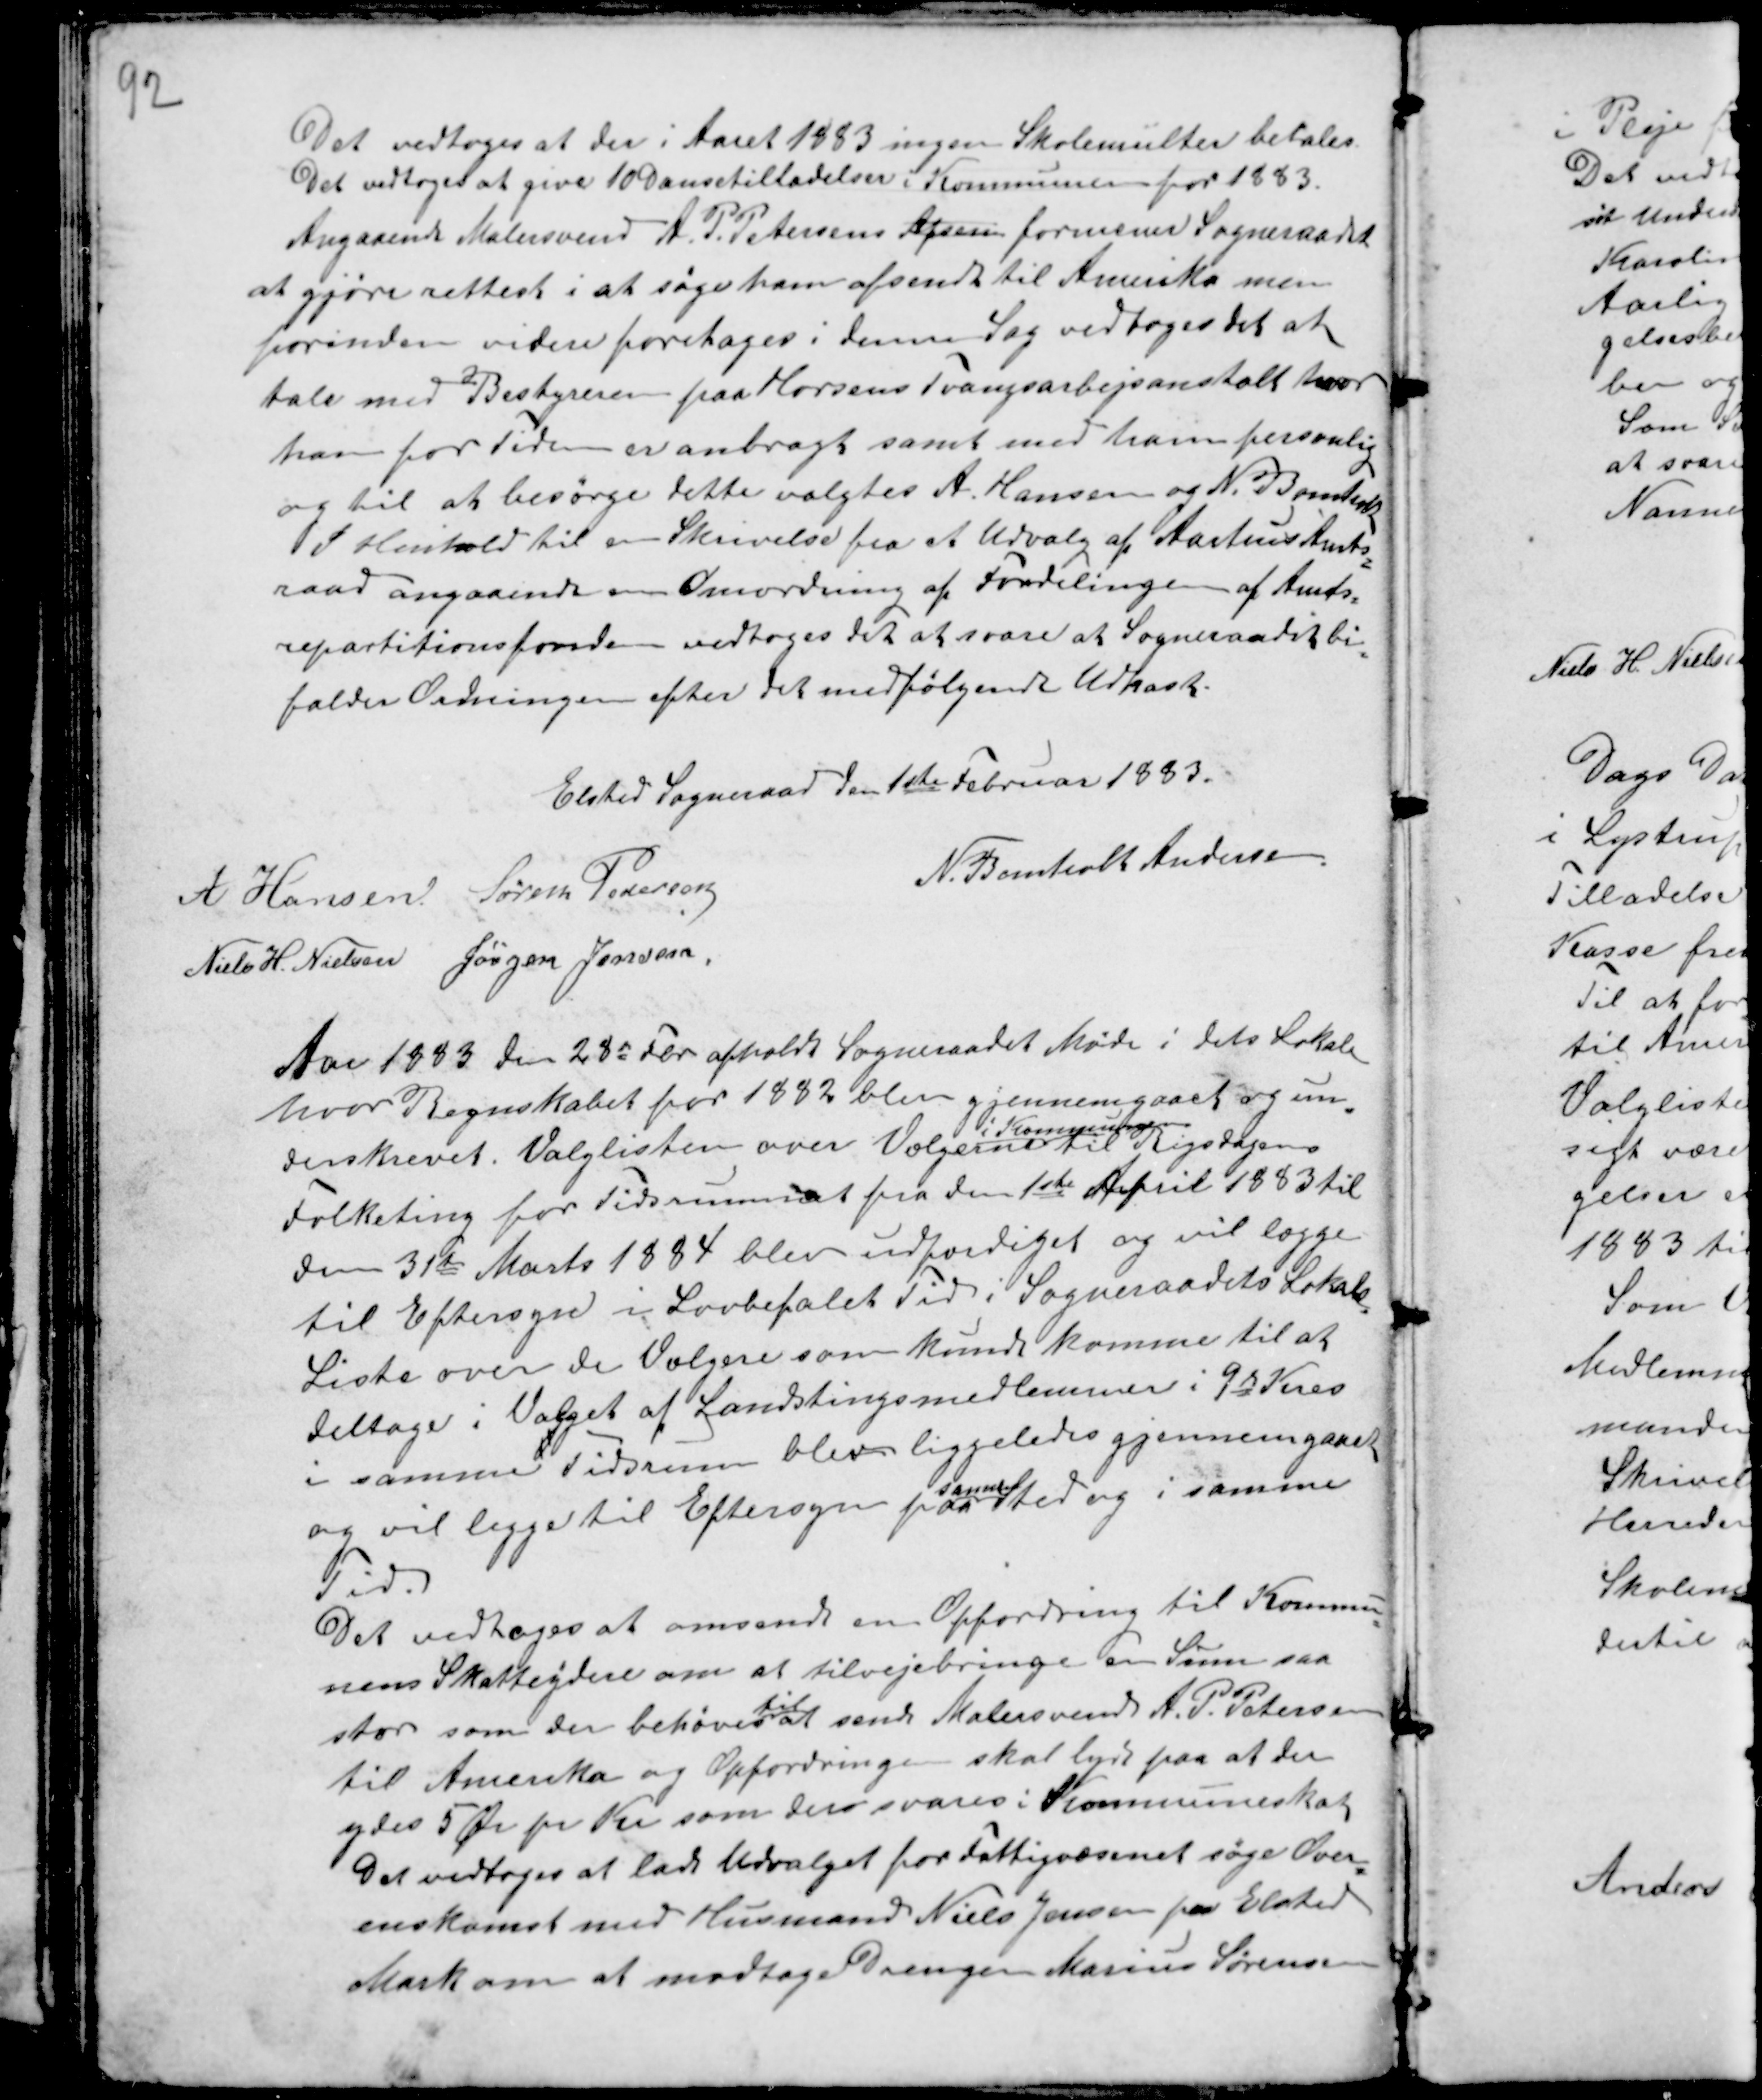
Transskription:
Det vedtoges at der i Aaret 1883 ingen Skolemulter betales.
Det vedtoges at give 10 Dansetilladelser i Kommunen for 1883.
Angaaende Malersvend A. P. Petersens Afsene formener Sogneraadet
at gjøre rettest i at søge ham afsendt til Amerika men
forinden videre foretages i denne Sag vedtoges det at
tale med Bestyreren paa Horsens Tvangsarbejdsanstalt hvor
han for tiden er anbragt samt med ham personlig
og til at besørge dette valgtes A. Hansen og N. Bomholt
I Henhold til en Skrivelse fra et Udvalg af Aarhus Amts-
raad angaaende en Omordning af Fordelingen af Amts-
repartitionsfonden vedtoges det at svare at Sogneraadet bi-
falder Ordningen efter det medfølgende Udkast.

Elsted Sogneraad den 1ste Februar 1883.
A Hansen Søren Pedersen
N. Bomholt Andersen.
Niels H. Nielsen Jørgen Jensen.

Aar 1883 den 28de Fer afholdt Sogneraadet Møde i dets Lokale
hvor Regnskabet for 1882 blev gjennemgaaet og un-
derskrevet. Valglisten over Vælgere
i Kommunen
til Rigsdagens
Folketing for Tidsrummet fra den 1ste April 1883 til
den 31te Marts 1884 blev udfærdiget og vil lægge
til Eftersyn i Lovbefalet Tid i Sogneraadets Lokale.
Liste over de Vælgere som kunde komme til at
deltage i Valget af Landstingsmedlemmer i 9de Kres
i samme Tidsrum blev liggeledes gjennemgaaet
og vil ligge til Eftersyn paa
sanne
Sted og i samme
Tid.
Det vedtoges at omsende en Opfordring til Kommu-
nens Skatteydere om at tilvejebringe en Sum saa
stor som der behøves
til
at sende Malersvend A. P. Petersen
til Amerika og Opfordringen skal lyde paa at der
ydes 5 Ør pr Kr som der svares i Kommuneskat
Det vedtoges at lade Udvalget for Fattigvæsenet søge Over-
enskomst med Husmand Niels Jensen paa Elsted
Mark om at modtage Drengen Marius Sørensen